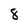
Character: 8